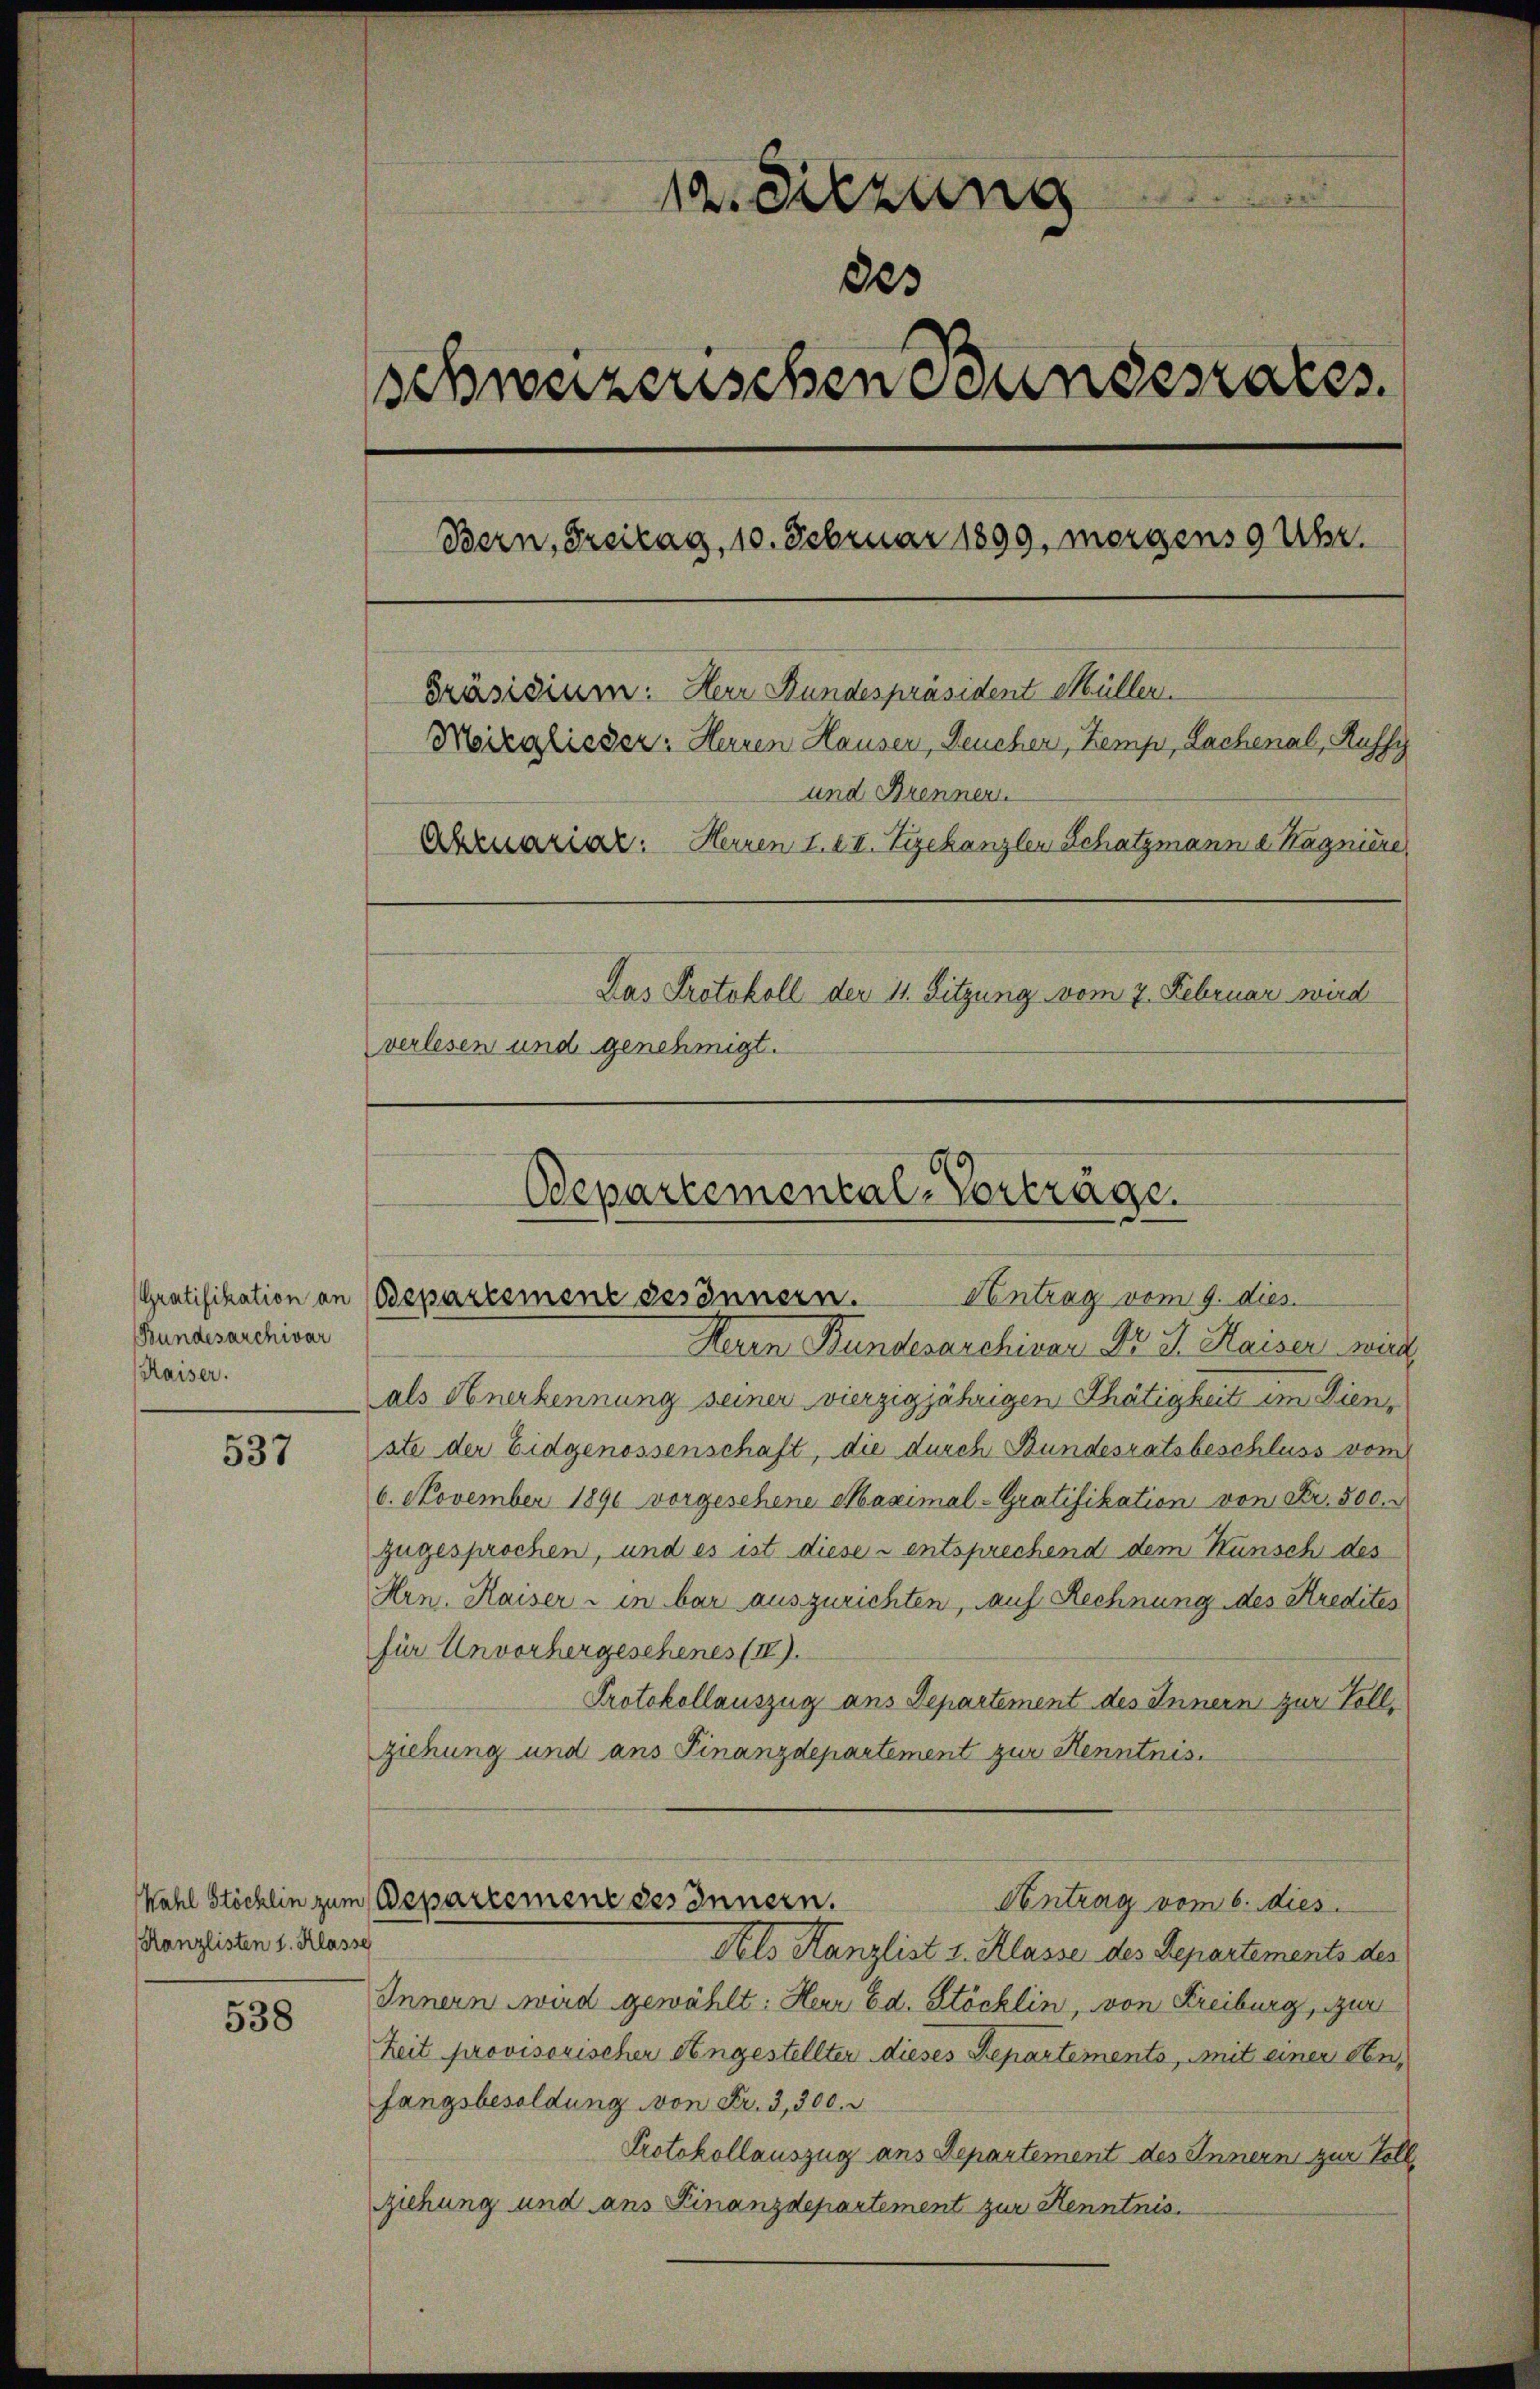
Gratifikation an
Bundesarchivar
Kaiser.

537

Kanzlisten 1. Klasse

538

.
12. Diezung
des
schweizerischen Bundesrates.
Bern, Freitag, 10. Februar 1899, morgens 9 Uhr.
Präsidium: Herr Bundespräsident Müller.
Moizglieder: Herren Hauser, Neucher, Zemp, Lachenal, Ruffy
und Brenner
Abruariar: Herren I. III. Vizekanzler Schatzmann a Magniere
Das Protokoll der 11. Sitzung vom 7. Februar wird
verlesen und genehmigt.

Marn Bundesarchivar Dr. J. Kaiser wird.
als Anerkennung seiner vierzigjährigen Thätigkeit im Dienste der Eidgenossenschaft, die durch Bundesratsbeschluss vom
6. November 1890 vorgesehene Maximal- Gratifikation von Fr. 500.
zugesprochen, und es ist diese u entsprechend dem Kunsch des
Hrn. Kaiser - in bar auszurichten, auf Rechnung des Kredites
für Unvorhergeschenes (II).
Protokollauszug aus Departement des Innern zur Vollziehung und ans Finanzdepartement zur Kenntnis.
Kahl Stöchlin zum Departement des Innern.
Contrag vom 6. dies
Als Kanzlist 1. Klasse des Departements des
Innern wird gewählt: Herr Ed. Stöcklin, von Freiburg, zur
Zeit provisorischer Angestellten dieses Repartements, mit einer den,
fangsbesoldung von Fr. 3,300.
Protokollauszug ans Departement des Innern zur Vollziehung und ans Finanzdepartement zur Kenntnis.

Odepartemental-Vorträge.
Antrag vom 9. dies
Departement gesonnern.